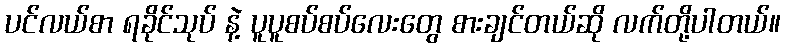
ပင်လယ်စာ ရခိုင်သုပ် နဲ့ ပူပူစပ်စပ်လေးတွေ စားချင်တယ်ဆို လက်တို့ပါတယ်။